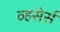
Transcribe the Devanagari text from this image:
व्हसेर्स